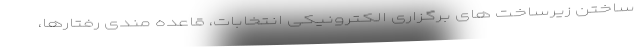
ساختن زیرساخت های برگزاری الکترونیکی انتخابات، قاعده مندی رفتارها،